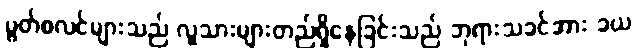
မွတ်စလင်များသည် လူသားများတည်ရှိနေခြင်းသည် ဘုရားသခင်အား ခယ